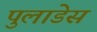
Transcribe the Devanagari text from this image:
पुलाडेस